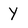
Character: Y